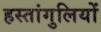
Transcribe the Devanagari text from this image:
हस्तांगुलियों